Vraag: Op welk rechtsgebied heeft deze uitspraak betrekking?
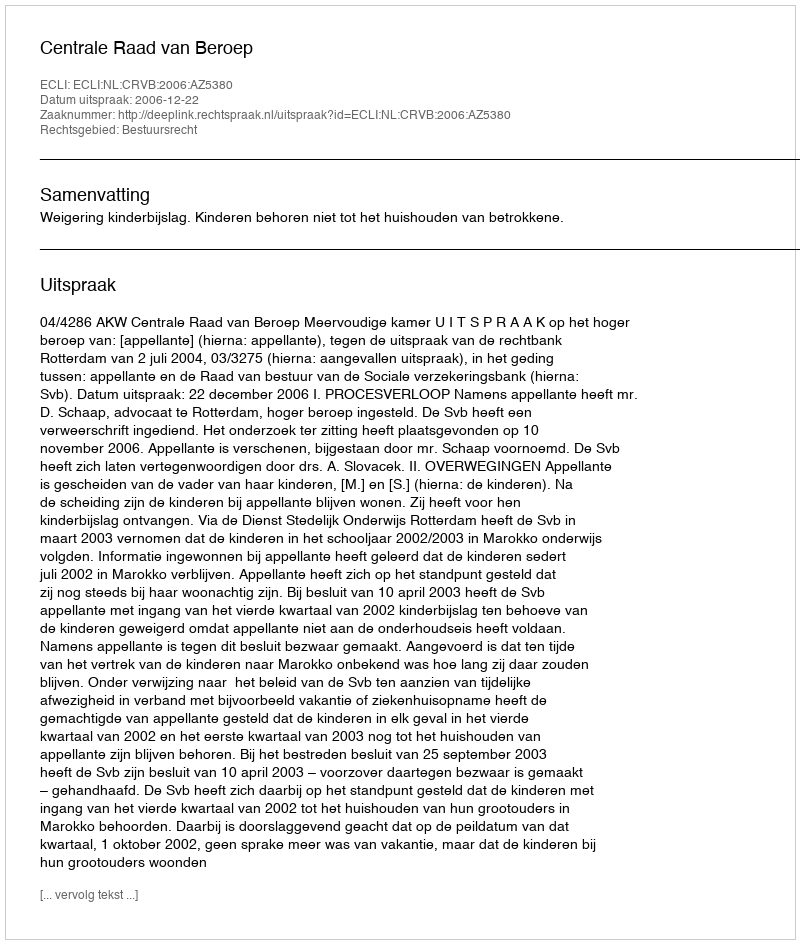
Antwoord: Bestuursrecht